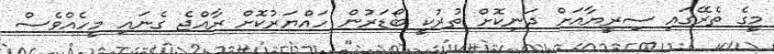
މީގެ ތެރޭގައި ސިރީޔާއަށް ދަނިކޮށް ތުރުކީ ބޯޑަރުން ހައްޔަރުކޮށް ރާއްޖެ ގެނައި މީހެއްވެސް